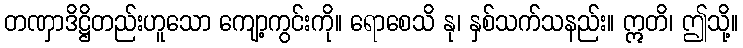
တဏှာဒိဋ္ဌိတည်းဟူသော ကျော့ကွင်းကို။ ရောစေသိ နု၊ နှစ်သက်သနည်း။ ဣတိ၊ ဤသို့။